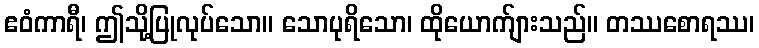
ဧဝံကာရီ၊ ဤသို့ပြုလုပ်သော။ သောပုရိသော၊ ထိုယောက်ျားသည်။ တဿစောရဿ၊